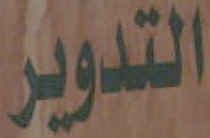
التدوير